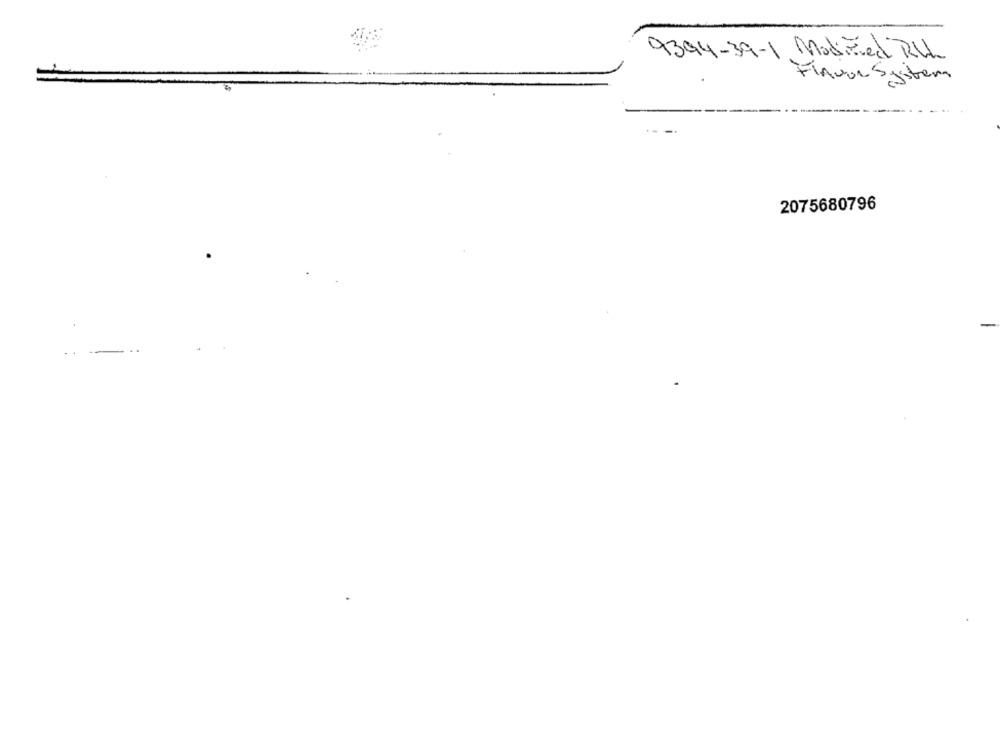
9394-39-1 ModiFied RUL
Flavor System
2075680796